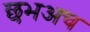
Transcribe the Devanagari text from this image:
छभअच